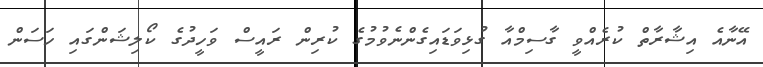
އޭނާއެ އިޝާރާތް ކުރެއްވީ ގާސިމްއާ ގުޅިވަޑައިގެންނެވުމުގެ ކުރިން ރައީސް ވަހީދުގެ ކޯލިޝަންގައި ހަސަން